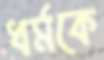
ধর্মকে